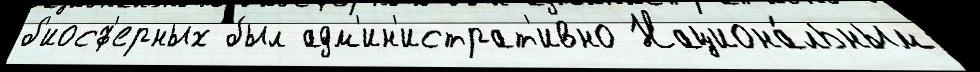
б'иосф'ерных был адм'ин'истрат'ивно Национа́льным